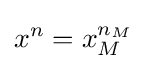
x^{n}=x_{M}^{n_{M}}